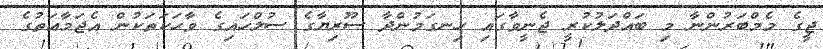
ޖީގެ މެމްބަރުންނާ މި ބައްދަލުކުރީ ޖެނީވާގައި ހިނގަމުންދާ ސޫރިޔާގެ ސުލްހައިގެ ވާހަކަތަކުން އެޖަމާއަތުގެ